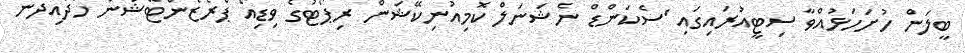
ބީލަން ހުށަހަޅުއްވާ ސިޓީއުރައިގައި 'ސެކަންޑް ނެޝަނަލް ކޮމިއުނިކޭޝަން ރިޕޯޓުގެ ވިޑިއޯ ޕްރެޒެންޓޭޝަން ހަދައިދޭނެ